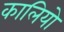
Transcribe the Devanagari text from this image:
कालियो